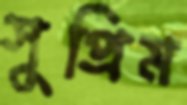
সুপ্রিম